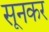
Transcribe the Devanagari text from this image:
सूनकर